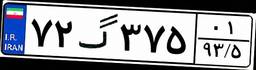
۷۲گ۳۷۵۰۱